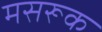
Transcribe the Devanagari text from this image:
मसरूक